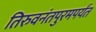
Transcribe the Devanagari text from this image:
तिरुवनंतपुरमपर्यंत